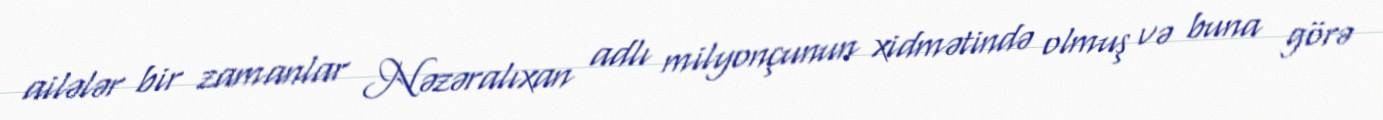
ailələr bir zamanlar Nəzəralıxan adlı milyonçunun xidmətində olmuş və buna görə